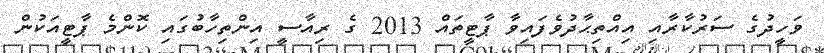
ވަހީދުގެ ސަރުކާރާއި އިއްތިޙާދުވެފައިވާ ޕާޓީތައް 2013 ގެ ރިއާސީ އިންތިހާބުގައި ކޮންމެ ޕާޓީއަކުން